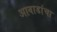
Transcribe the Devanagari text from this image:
आवाडांचा